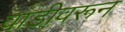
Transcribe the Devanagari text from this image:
वाडीवरून